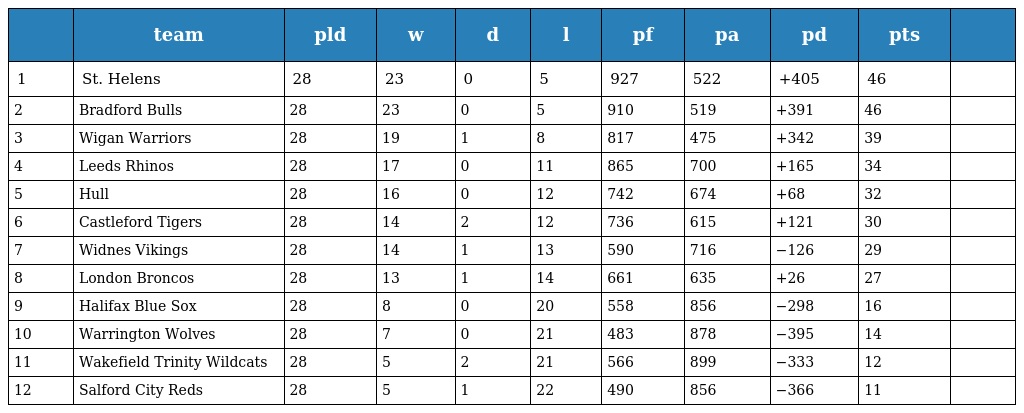
|  | team | pld | w | d | l | pf | pa | pd | pts |  |
 | --- | --- | --- | --- | --- | --- | --- | --- | --- | --- | --- |
 | 1 | St. Helens | 28 | 23 | 0 | 5 | 927 | 522 | +405 | 46 |  |
 | 2 | Bradford Bulls | 28 | 23 | 0 | 5 | 910 | 519 | +391 | 46 |  |
 | 3 | Wigan Warriors | 28 | 19 | 1 | 8 | 817 | 475 | +342 | 39 |  |
 | 4 | Leeds Rhinos | 28 | 17 | 0 | 11 | 865 | 700 | +165 | 34 |  |
 | 5 | Hull | 28 | 16 | 0 | 12 | 742 | 674 | +68 | 32 |  |
 | 6 | Castleford Tigers | 28 | 14 | 2 | 12 | 736 | 615 | +121 | 30 |  |
 | 7 | Widnes Vikings | 28 | 14 | 1 | 13 | 590 | 716 | −126 | 29 |  |
 | 8 | London Broncos | 28 | 13 | 1 | 14 | 661 | 635 | +26 | 27 |  |
 | 9 | Halifax Blue Sox | 28 | 8 | 0 | 20 | 558 | 856 | −298 | 16 |  |
 | 10 | Warrington Wolves | 28 | 7 | 0 | 21 | 483 | 878 | −395 | 14 |  |
 | 11 | Wakefield Trinity Wildcats | 28 | 5 | 2 | 21 | 566 | 899 | −333 | 12 |  |
 | 12 | Salford City Reds | 28 | 5 | 1 | 22 | 490 | 856 | −366 | 11 |  |